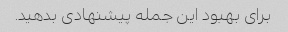
برای بهبود این جمله پیشنهادی بدهید.